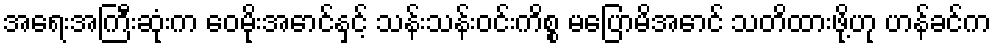
အရေးအကြီးဆုံးက ဝေမိုးအောင်နှင့် သန်းသန်းဝင်းကိစ္စ မပြောမိအောင် သတိထားဖို့ဟု ဟန်ခင်က